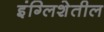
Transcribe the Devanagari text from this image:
इंग्लिशेतील